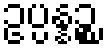
ဥပ္ပန္နဉ္စ